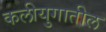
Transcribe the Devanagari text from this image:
कलीयुगातील